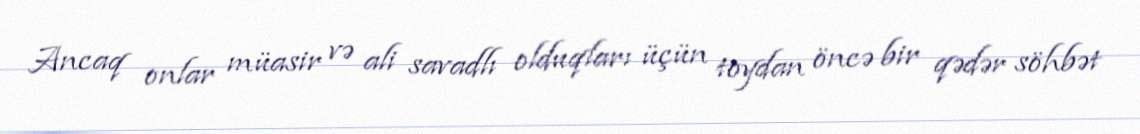
Ancaq onlar müasir və ali savadlı olduqları üçün toydan öncə bir qədər söhbət